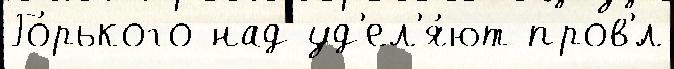
Го́рького над уд'ел'я́ют пров'́л